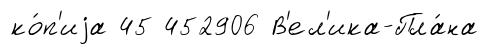
ко́п'иjа 45 452906 В'ел'ика-Пла́на